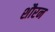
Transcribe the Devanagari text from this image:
शौरन